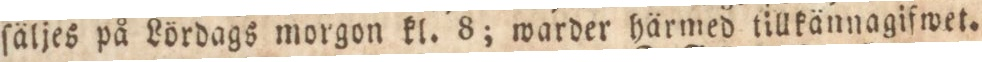
ſäljes på Lördags morgon kl. 8; warder härmed tillkännagifwet.